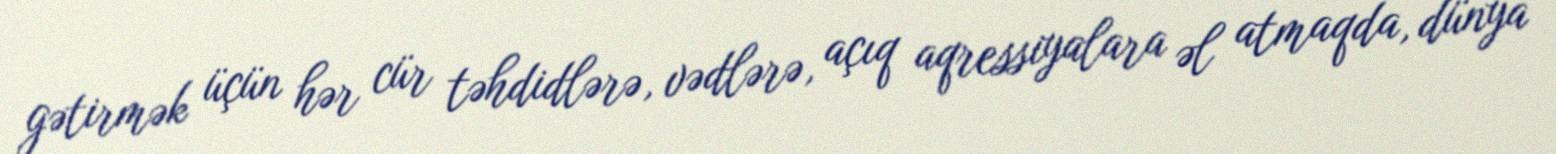
gətirmək üçün hər cür təhdidlərə, vədlərə, açıq aqressiyalara əl atmaqda, dünya